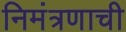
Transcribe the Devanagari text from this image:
निमंत्रणाची